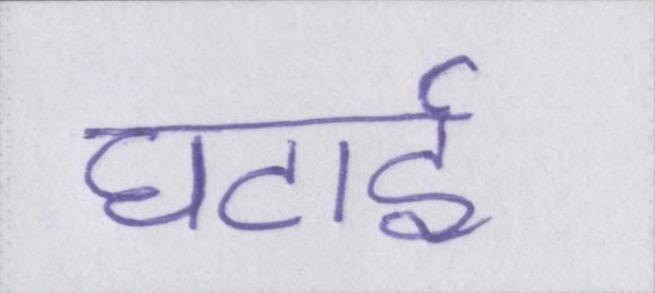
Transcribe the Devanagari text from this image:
घटाई